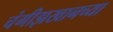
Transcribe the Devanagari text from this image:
चंगीझखानच्या